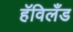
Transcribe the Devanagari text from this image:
हॅविलँड